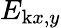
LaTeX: E_{\mathrm{k}x,y}